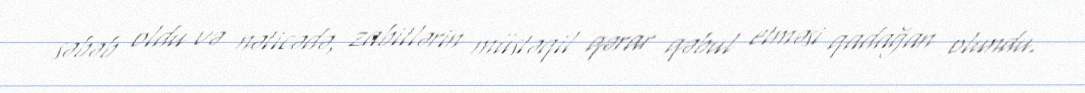
səbəb oldu və nəticədə, zabitlərin müstəqil qərar qəbul etməsi qadağan olundu.